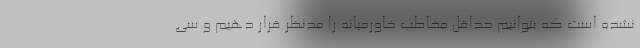
نشده است که بتوانیم حداقل مخاطب خاورمیانه را مدنظر قرار دهیم و سی